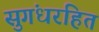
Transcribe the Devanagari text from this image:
सुगंधरहित